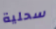
سحلية